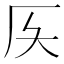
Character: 𠨮